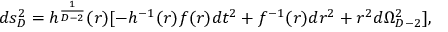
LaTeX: d s _ { D } ^ { 2 } = h ^ { \frac { 1 } { D - 2 } } ( r ) [ - h ^ { - 1 } ( r ) f ( r ) d t ^ { 2 } + f ^ { - 1 } ( r ) d r ^ { 2 } + r ^ { 2 } d \Omega _ { D - 2 } ^ { 2 } ] ,